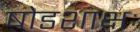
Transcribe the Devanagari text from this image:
षोडशाक्षः